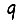
Digit: 9